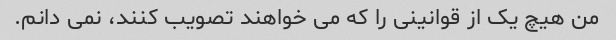
من هیچ یک از قوانینی را که می خواهند تصویب کنند، نمی دانم.